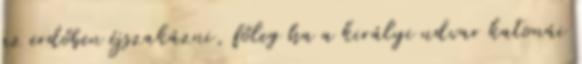
az erdőben éjszakázni, főleg ha a királyi udvar katonái